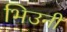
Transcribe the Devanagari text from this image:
भिउनी